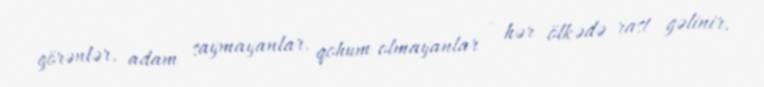
görənlər, adam saymayanlar, qohum olmayanlar - hər ölkədə rast gəlinir.